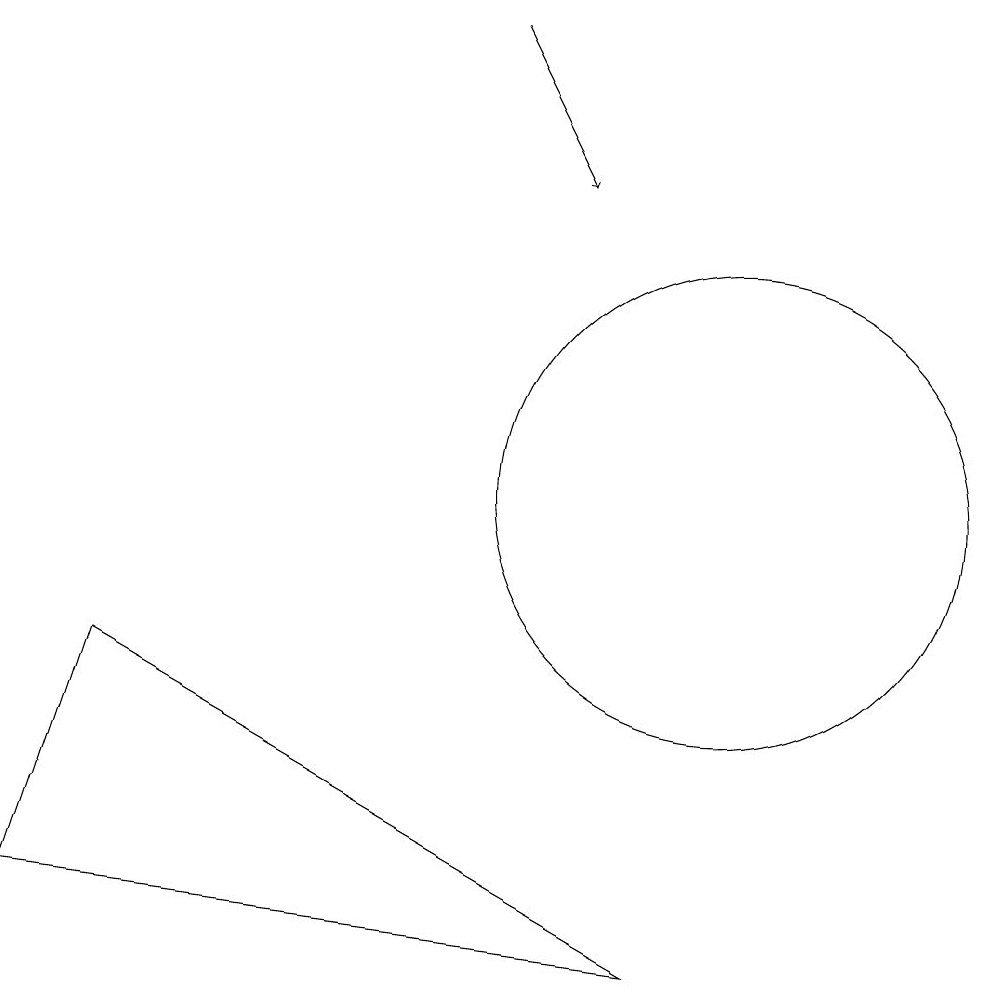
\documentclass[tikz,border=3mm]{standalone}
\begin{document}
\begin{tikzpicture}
\draw (10,11) circle (3);
\draw[->] (7,17) -- (8,15);
\draw (9,5) -- (2,9) -- (1,6) -- cycle;
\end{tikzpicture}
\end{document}